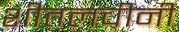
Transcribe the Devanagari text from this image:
शीतलचीनी